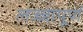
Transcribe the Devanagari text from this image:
लज्जापूर्ण